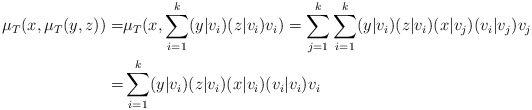
\begin{align*}\mu_T(x,\mu_T(y,z))=& \mu_T(x,\sum_{i=1}^k (y|v_i)(z|v_i)v_i)= \sum_{j=1}^k \sum_{i=1}^k (y|v_i)(z|v_i)(x|v_j)(v_i|v_j)v_j \\=& \sum_{i=1}^k (y|v_i)(z|v_i)(x|v_i)(v_i|v_i)v_i \end{align*}